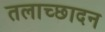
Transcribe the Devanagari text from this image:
तलाच्छादन